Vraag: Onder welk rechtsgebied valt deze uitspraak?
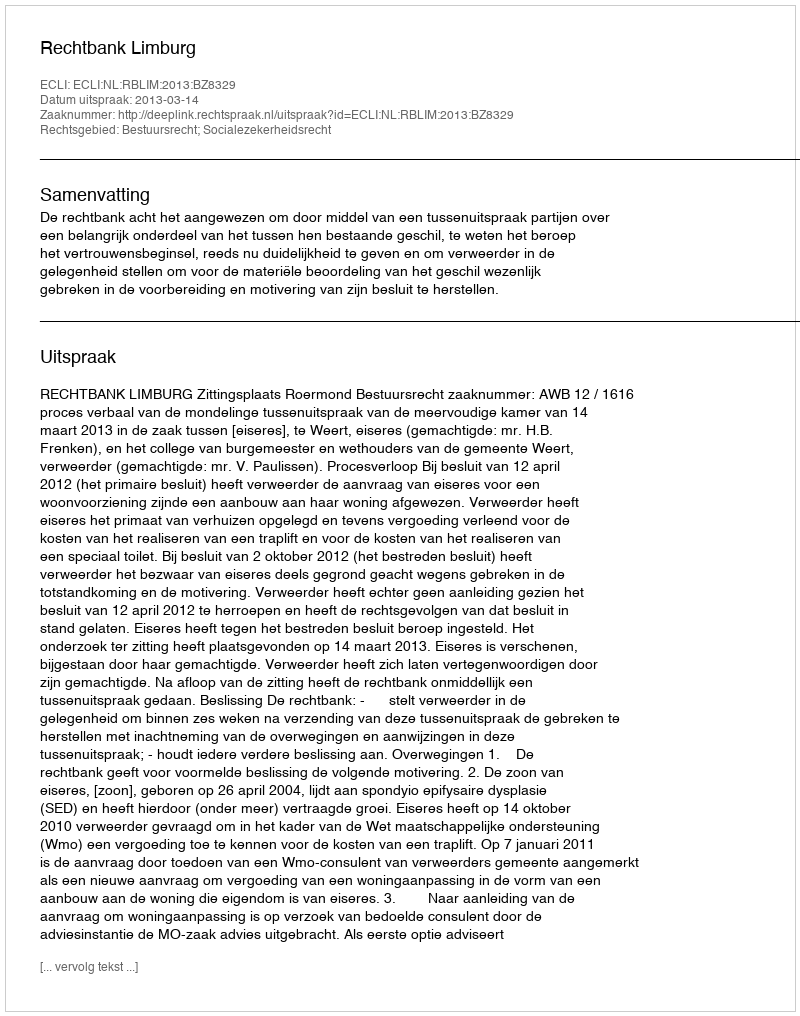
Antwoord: Bestuursrecht; Socialezekerheidsrecht